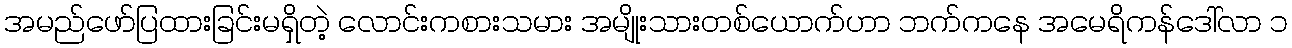
အမည်ဖော်ပြထားခြင်းမရှိတဲ့ လောင်းကစားသမား အမျိုးသားတစ်ယောက်ဟာ ဘက်ကနေ အမေရိကန်ဒေါ်လာ ၁